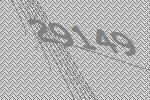
29149